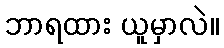
ဘာရထား ယူမှာလဲ။